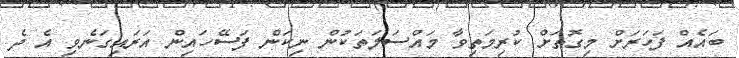
ބައެއް ފަހަރަށް މިގޮތަށް ކުރިމަތިވާ މައްސަލަތަކުން ނިކަން ފަސޭހައިން އަރައިގަނެވި އެ ދެ